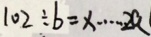
1 0 2 \div b = x \cdots 2 a